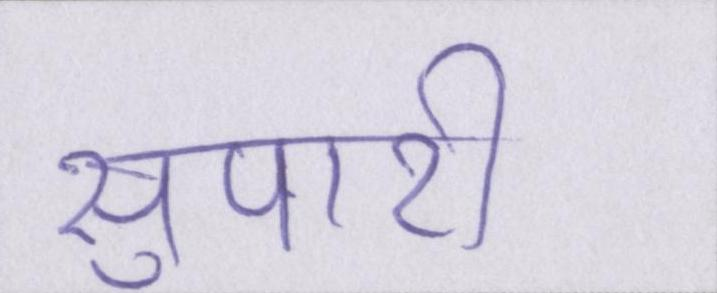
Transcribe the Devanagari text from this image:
सुपारी